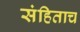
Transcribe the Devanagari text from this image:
संहिताच